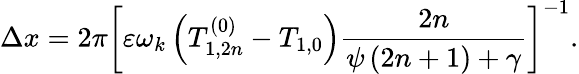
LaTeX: \Delta x=2\pi\left[\varepsilon\omega_{k}\left(T_{1,2n}^{\left(0\right)}-T_{1,0}\right)\frac{2n}{\psi\left(2n+1\right)+\gamma}\right]^{-1}.